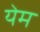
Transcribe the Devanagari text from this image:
येम